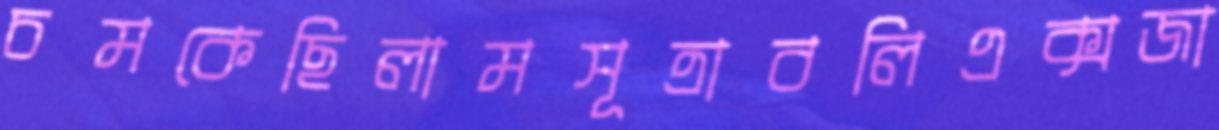
চমকেছিলামসূত্রাবলিএক্সজা